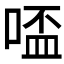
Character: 𠸟